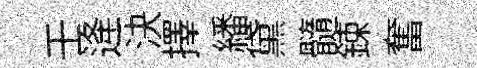
壬逄決擇繙黛髓鍊奮